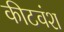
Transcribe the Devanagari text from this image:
कीटवंश